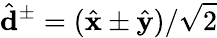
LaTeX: \hat{\mathbf{d}}^{\pm}=(\hat{\mathbf{x}}\pm\hat{\mathbf{y}})/\sqrt{2}